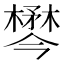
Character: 𣜓